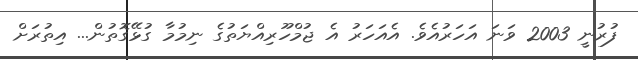
ފުރުނީ 2003 ވަނަ އަހަރުއެވެ. އެއަހަރު އެ ޖުމްހޫރިއްޔަތުގެ ނިމުމާ ގުޅޭގޮތުން... އިތުރަށް